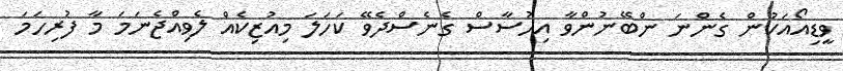
ވީޑިއޯއަކުން ގެންނަ ންބޭނުންވާ އިހުސާސް ގެނެސްދެވޭ ކަހަލަ މިއުޒިކެއް ލެވިއްޖެނަމަ މާ ފުރިހަމަ